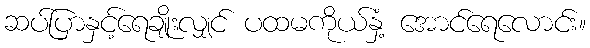
ဆပ်ပြာနှင့်ရေချိုးလျှင် ပထမကိုယ်နှံ့ အောင်ရေလောင်း။